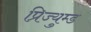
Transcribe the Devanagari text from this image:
प्रिज्युम्ड